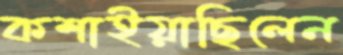
কশাইয়াছিলেন